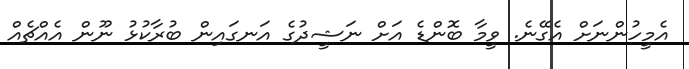
އެމީހުންނަށް އެގޭނެ. ވީމާ ބޮންޑެ އަށް ނަޝީދުގެ އަނގައިން ބުރާކުޅު ނޫން އެއްޗެއް